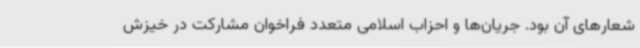
شعارهای آن بود. جریان‌ها و احزاب اسلامی متعدد فراخوان مشارکت در خیزش